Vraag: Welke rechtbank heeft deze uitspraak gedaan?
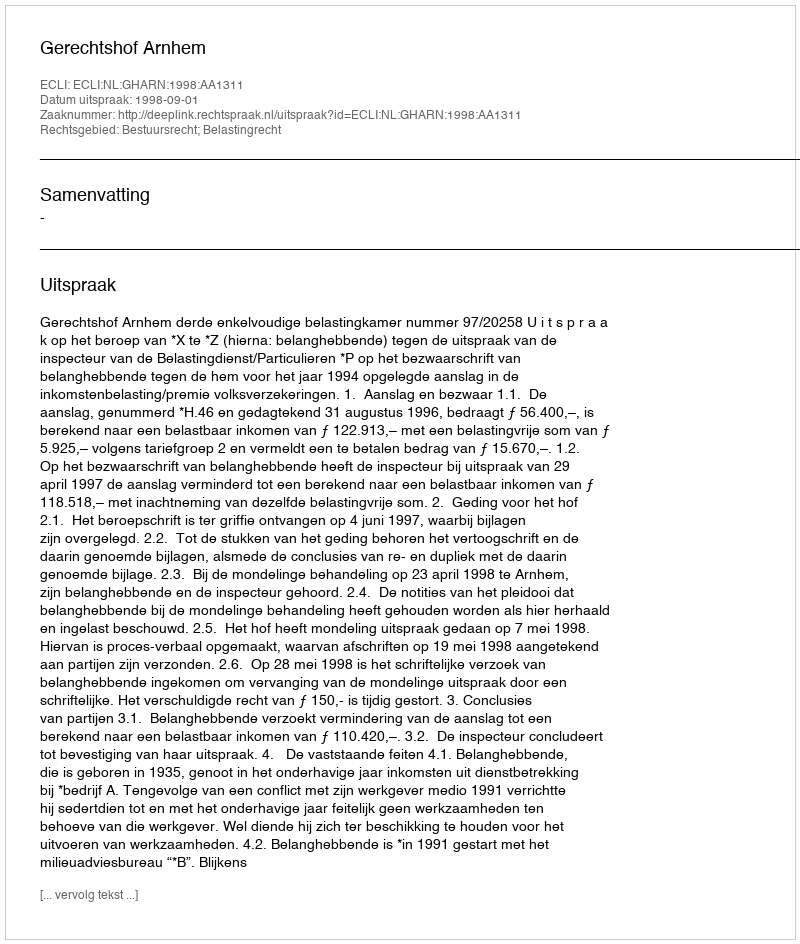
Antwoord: Gerechtshof Arnhem